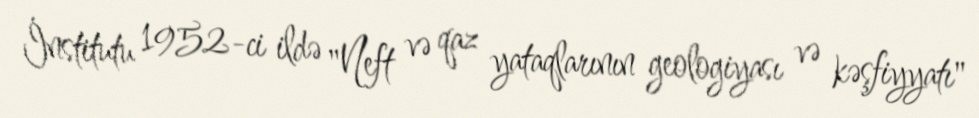
İnstitutu 1952-ci ildə "Neft və qaz yataqlarının geologiyası və kəşfiyyatı"